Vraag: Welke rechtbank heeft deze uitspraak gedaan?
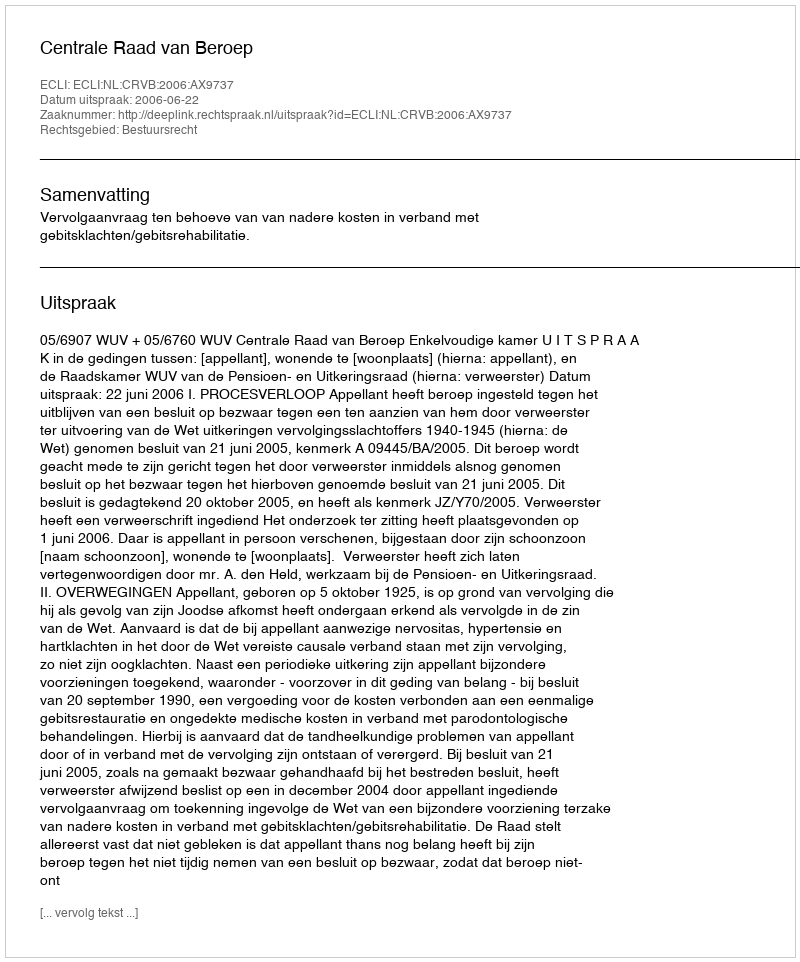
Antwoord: Centrale Raad van Beroep